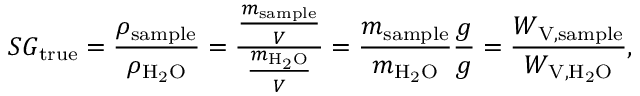
S G _ { \mathrm { t r u e } } = { \frac { \rho _ { \mathrm { s a m p l e } } } { \rho _ { \mathrm { H _ { 2 } O } } } } = { \frac { \frac { m _ { \mathrm { s a m p l e } } } { V } } { \frac { m _ { \mathrm { H _ { 2 } O } } } { V } } } = { \frac { m _ { \mathrm { s a m p l e } } } { m _ { \mathrm { H _ { 2 } O } } } } { \frac { g } { g } } = { \frac { W _ { \mathrm { V } , { \mathrm { s a m p l e } } } } { W _ { \mathrm { V } , \mathrm { H _ { 2 } O } } } } ,